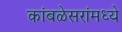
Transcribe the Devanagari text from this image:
कांबळेसरांमध्ये